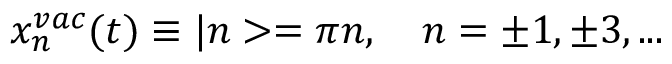
x _ { n } ^ { v a c } ( t ) \equiv | n > = \pi n , \quad n = \pm 1 , \pm 3 , . . .